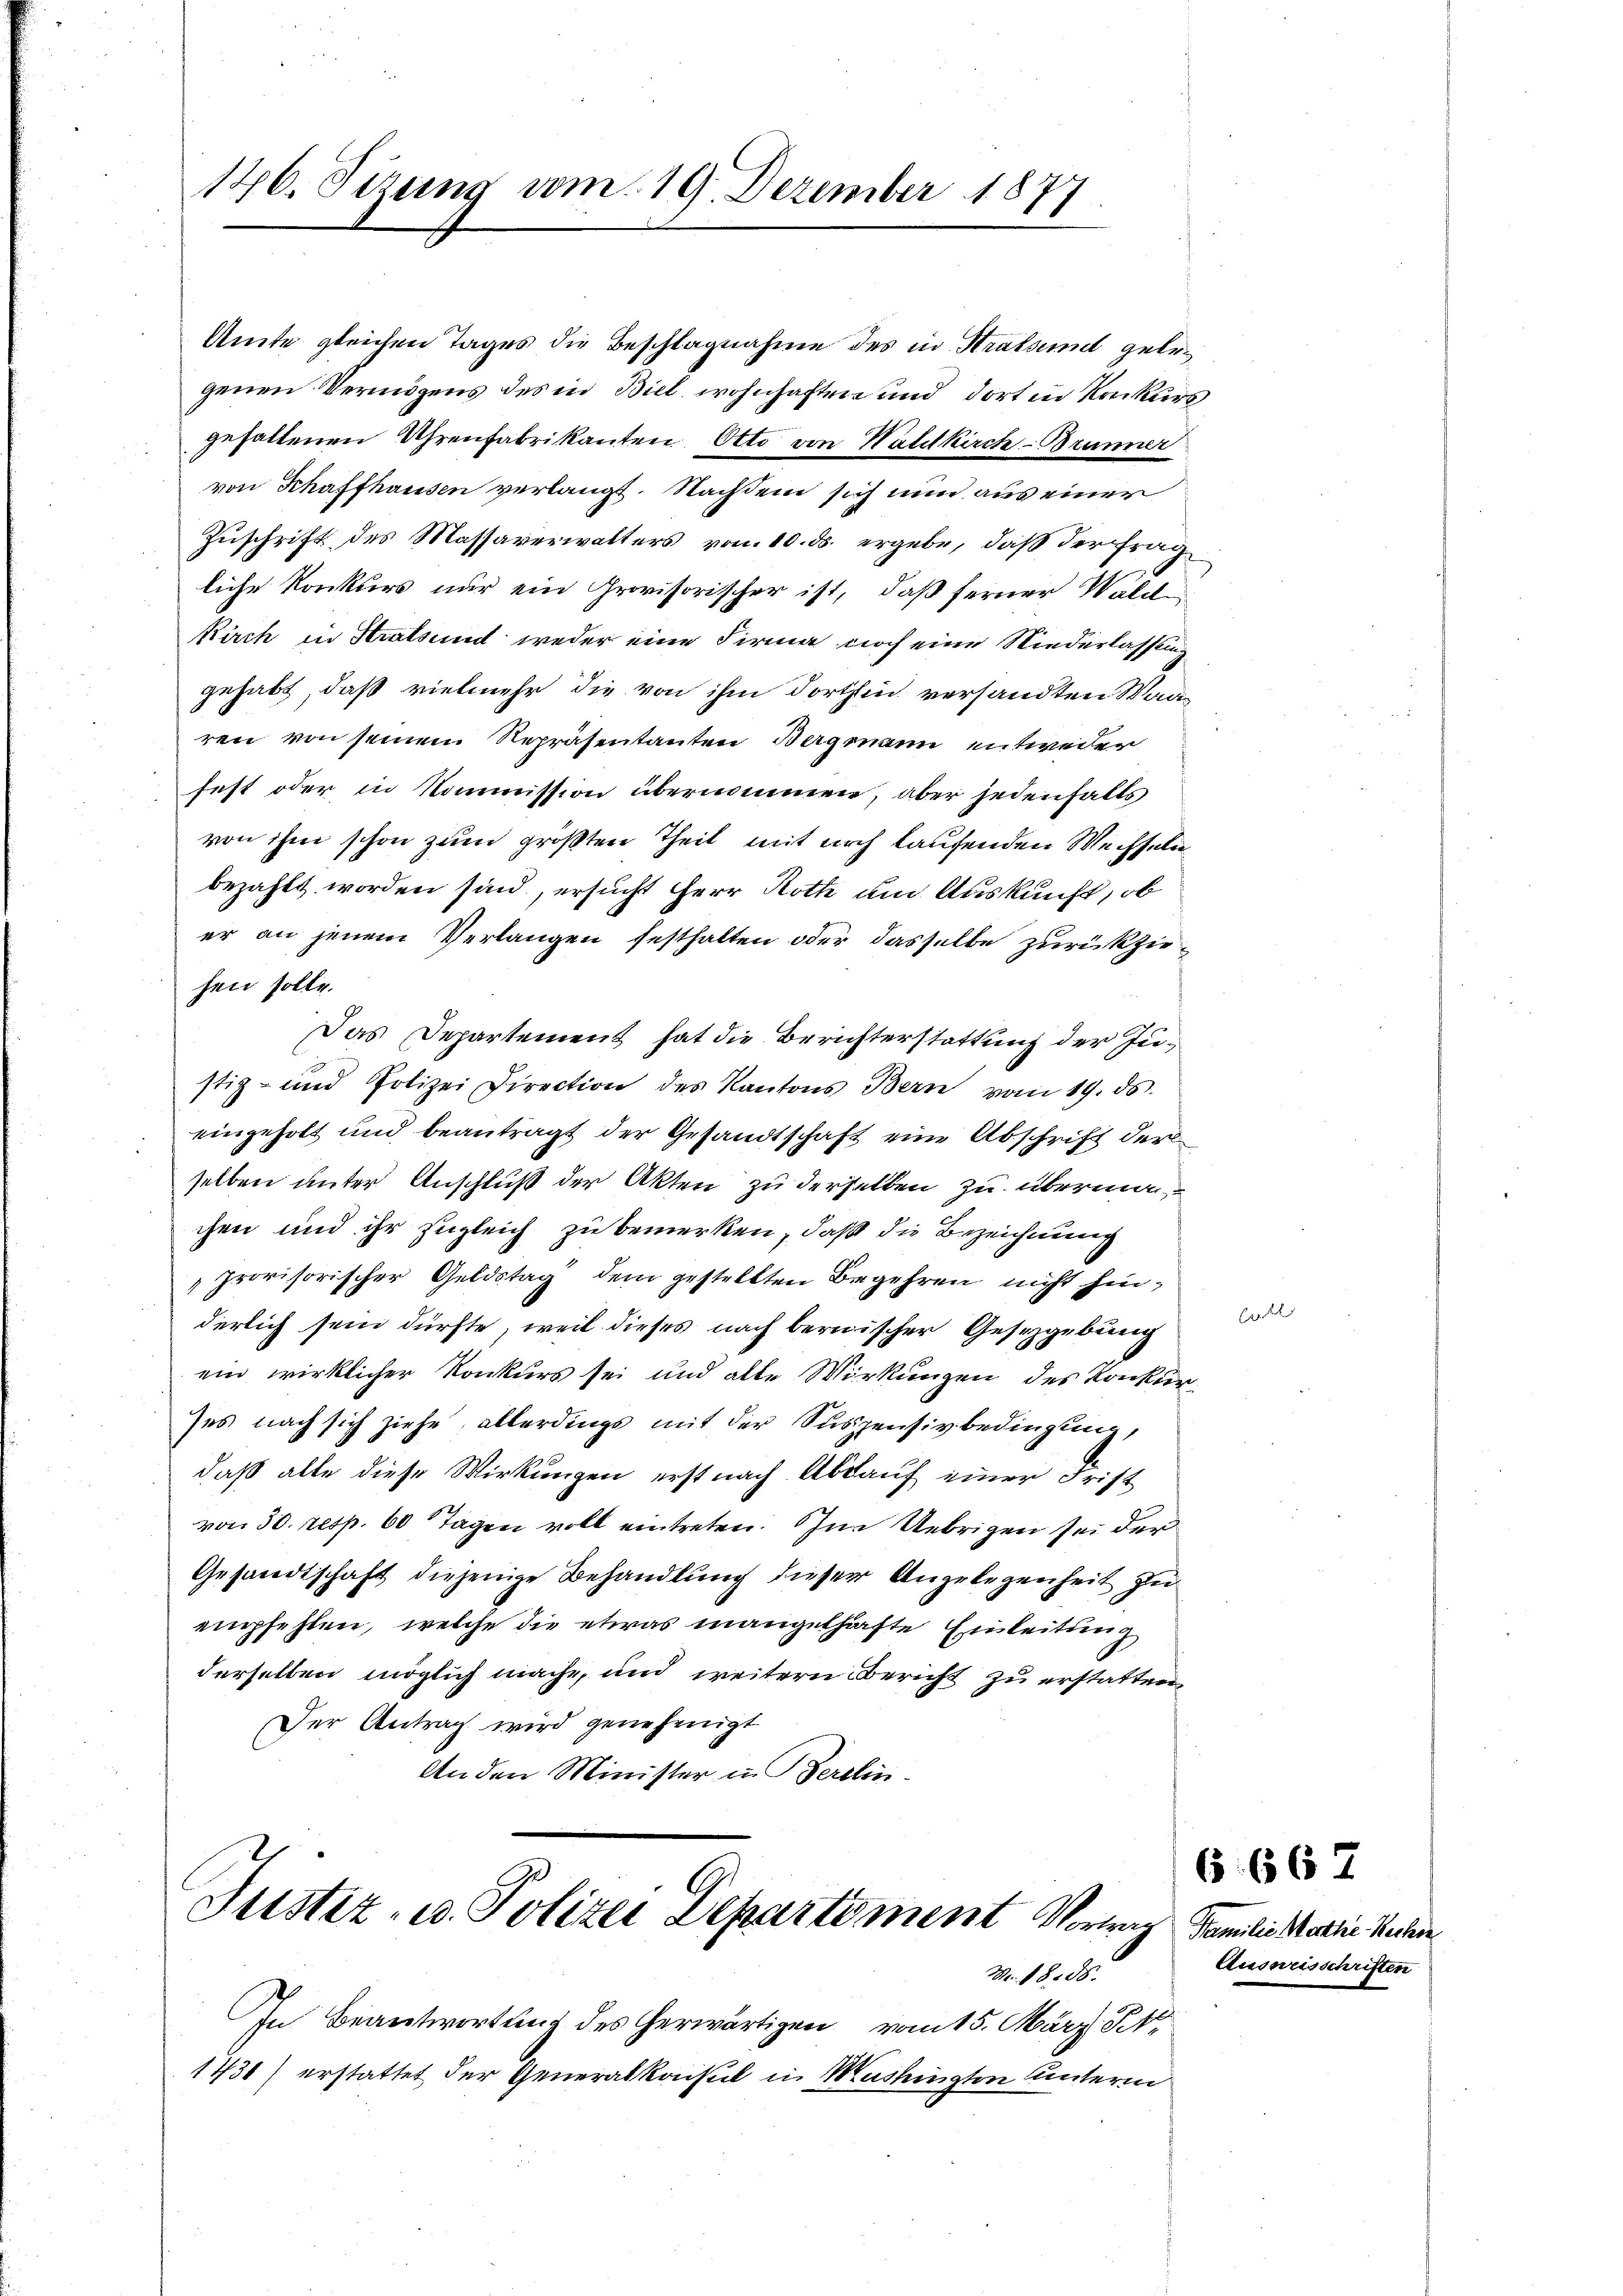
146. Sizung vom 19. Dezember 1877

Amte gleichen Tages die Beschlagnahme des in Stralsund gelegenen Vermögens des in Biel wohnhaften und dort in Konkurs
gefallenen Uhrenfabrikanten Otto von Waldkirch- Brunner
von Schaffhausen verlangt. Nachdem sich nun aus einer
Zuschrift des Massaverwalters von 10. ds. ergebe, daß der Frag
liche Konkurs nur ein Provisorischer ist, daß ferner Wald
Kirch in Stralsund weder eine Firma noch eine Niederlassen
gehabt, daß vielmehr die von ihm dorthin versandten Waaren von seinem Repräsentanten Bergmann entweder
fest oder in Kommission übernommen, aber jedenfalls
von ihm schon zum größten Theil mit noch laufenden Wechselibezahlt worden sind, ersucht Herr Roth um Auskunft, ob
er an jenem Verlangen festhalten oder dasselbe zurückziehen solle.
Das Departement hat die Berichterstattung der Ju¬
2
stiz- und Polizei Direction des Kantons Bern vom 19. ds.
eingeholt und beantragt der Gesandtschaft eine Abschrift der
selben unter Anschluß der Akten zu derselben zu überman
chen und ihr zugleich zu bemerken, daß die Bezeichnung
provisorischer Geldstag dem gestellten Begehren nicht hinderlich sein dürfte, weil dieses nach bernischer Gesygebung
ein wirklicher Konkurs sei und alle Wirkungen des Konkur-
ses nach sich ziehe, allerdings mit der Suspensivbedingung,
daß alle diese Wirkungen erst nach Abkauf einer Frist
von 30. resp. 60 Tagen voll eintreten. Ohne Uebrigen sei der
Gesandtschaft diejenige Behandlung dieser Angelegenheit zu
empfehlen, welche die etwas mangelhafte Einleitung
derselben möglich mache, und weitern Bericht zu erstatten,
Der Antrag wird genehmigt
An den Minister in Berelin.

Justiz- u. Polizei Departement Vorwig Familie Mathie Rechen

Nr. 1888.
In Beantwortung des herwärtigen vom 15. März Pkt.
1431) erstattet der Generalkonsul in Mushingten unterm

6 667

Ausweisschriften